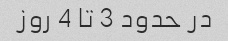
در حدود 3 تا 4 روز